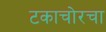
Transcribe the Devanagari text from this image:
टकाचोरचा